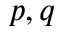
p , q